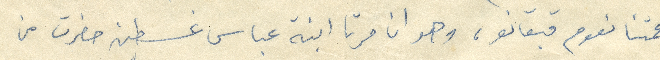
عمتنا نعوم قيانو، وهو ان مرتا ابنة عباس غسطين حضرت من